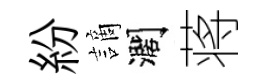
紛謫濶蒋